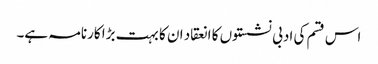
اس قسم کی ادبی نشستوں کا انعقاد ان کا بہت بڑا کارنامہ ہے۔